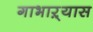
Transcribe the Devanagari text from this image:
गाभाऱ्यास